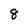
Character: 8